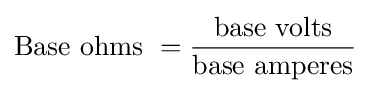
{\text{Base ohms }}={\frac {\text{base volts}}{\text{base amperes}}}